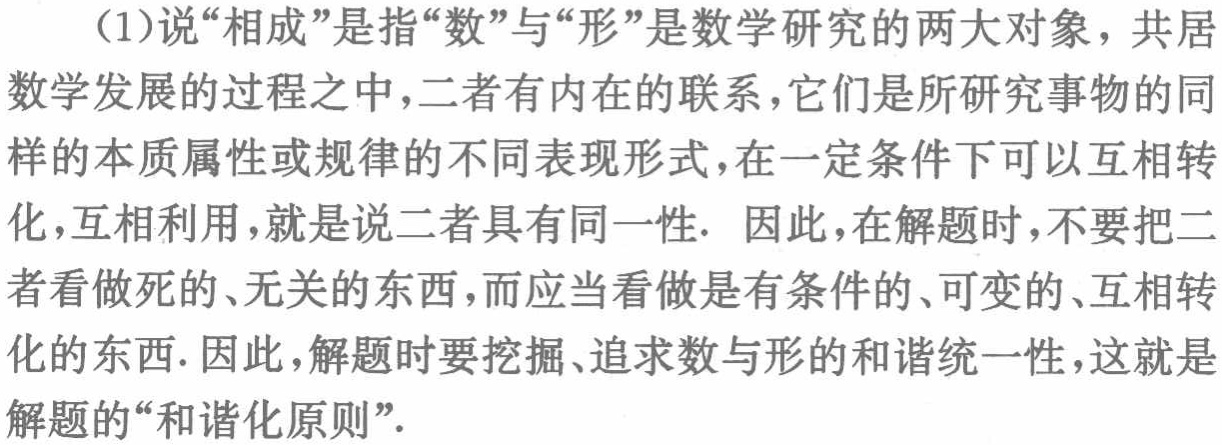
（1）说“相成”是指“数”与“形”是数学研究的两大对象，共居数学发展的过程之中，二者有内在的联系，它们是所研究事物的同样的本质属性或规律的不同表现形式，在一定条件下可以互相转化，互相利用，就是说二者具有同一性. 因此，在解题时，不要把二者看做死的、无关的东西，而应当看做是有条件的、可变的、互相转化的东西. 因此，解题时要挖掘、追求数与形的和谐统一性，这就是解题的“和谐化原则”.